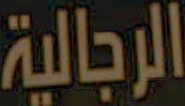
الرجالية